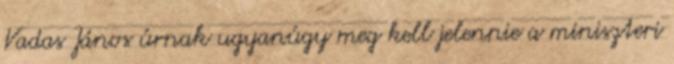
Vadas János úrnak ugyanúgy meg kell jelennie a miniszteri